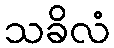
သခိလံ